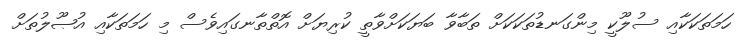
ހަމަތަކަކާއި ސުލޫކީ މިންގަނޑުތަކަކަށް ތަބާވާ ބަޔަކަށްވާތީ ކުރިޔަށް އޮތްތާނގައިވެސް މި ހަމަތަކާއި އުޞޫލުތަށް